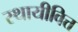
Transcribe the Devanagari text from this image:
स्थायीवित्त